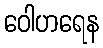
ဝေါဟရေန